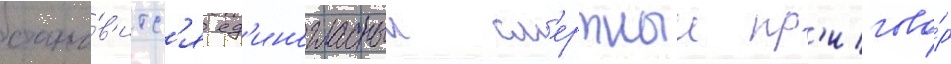
стано́в'итс'я ед'иногласныи см'ертныи пр'игово́р